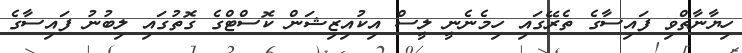
ހިޔާނާތްވި ފައިސާގެ ތެރޭގައި ހިމެނެނީ ލީސް އިކުއިޒިޝަން ކޮސްޓްގެ ގޮތުގައި ލިބުނު ފައިސާގެ